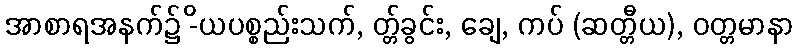
အာစာရအနက်၌ -ိယပစ္စည်းသက်, တ္တ်ခွင်း, ချေ, ကပ် (ဆတ္တီယ), ဝတ္တမာနာ